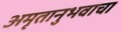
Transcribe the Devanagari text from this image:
अमृतानुभवाचा